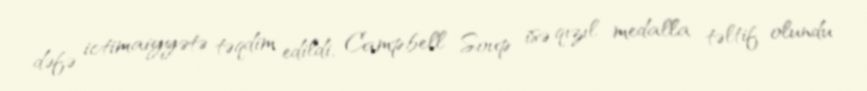
dəfə ictimaiyyətə təqdim edildi, Campbell Soup isə qızıl medalla təltif olundu